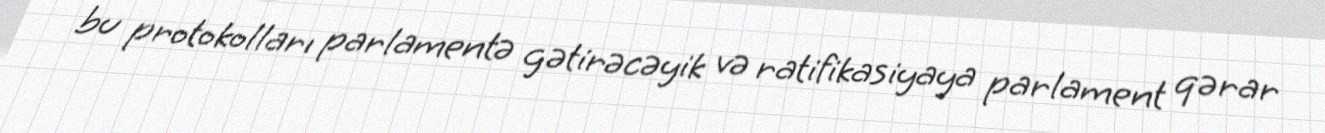
bu protokolları parlamentə gətirəcəyik və ratifikasiyaya parlament qərar